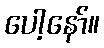
ပေါ့နော်။